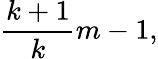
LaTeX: {\frac{k+1}{k}}m-1,